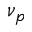
\nu _ { p }